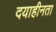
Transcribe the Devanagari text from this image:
दयाहीनता